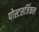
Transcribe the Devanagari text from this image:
पोस्टसर्जिकल